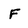
Character: F